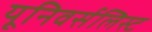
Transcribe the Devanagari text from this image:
यूनिवर्सलिस्ट